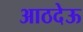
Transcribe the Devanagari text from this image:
आठदेऊ